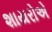
શાયરોએ